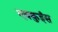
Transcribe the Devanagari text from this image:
एवकुईस